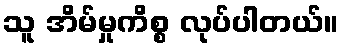
သူ အိမ်မှုကိစ္စ လုပ်ပါတယ်။